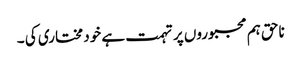
ناحق ہم مجبوروں پر تہمت ہے خود مختاری کی ۔